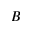
B